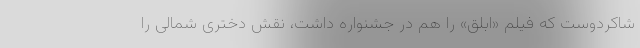
شاکردوست که فیلم «ابلق» را هم در جشنواره داشت، نقش دختری شمالی را